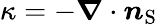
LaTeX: \kappa=-\boldsymbol{\nabla}\cdot\boldsymbol{n}_{\mathrm{{S}}}